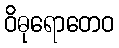
ဝိဓုရောတေဝ